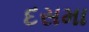
દસમા